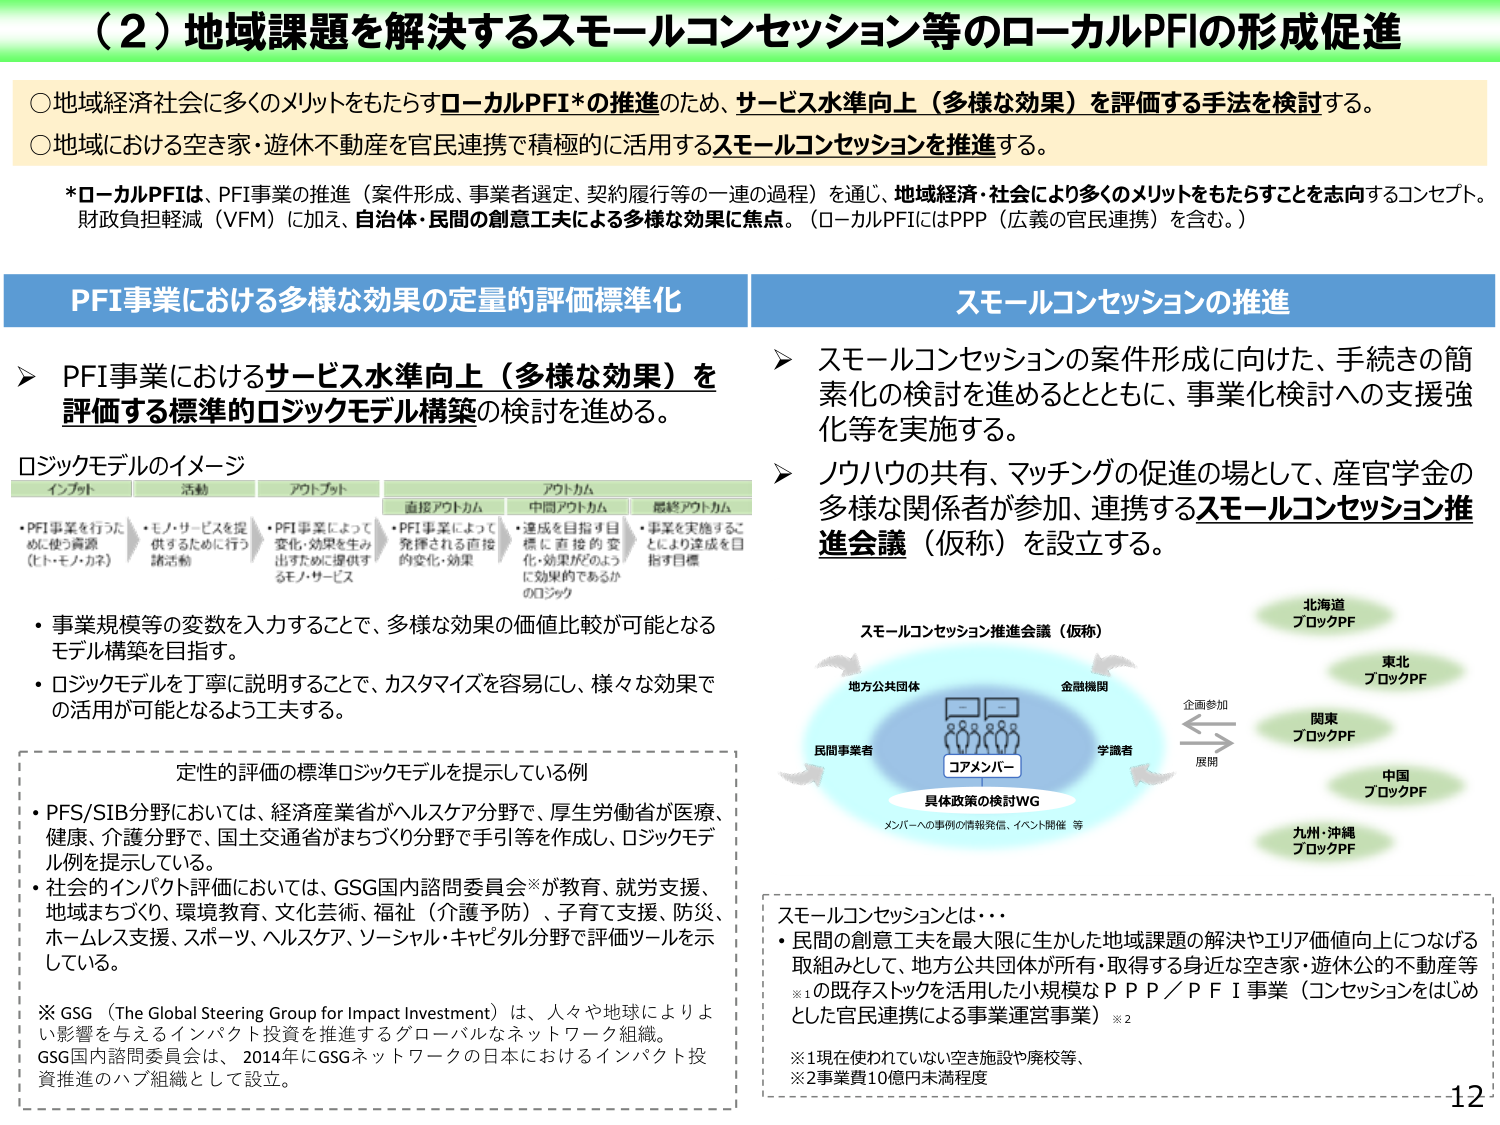
（2）地域課題を解決するスモールコンセッション等のローカルPFIの形成促進

○地域経済社会に多くのメリットをもたらすローカルPFI*の推進のため、サービス水準向上（多様な効果）を評価する手法を検討する。
○地域における空き家・遊休不動産を官民連携で積極的に活用するスモールコンセッションを推進する。

*ローカルPFIは、PFI事業の推進（案件形成、事業者選定、契約履行等の一連の過程）を通じ、地域経済・社会により多くのメリットをもたらすことを志向するコンセプト。財政負担軽減（VFM）に加え、自治体・民間の創意工夫による多様な効果に焦点。（ローカルPFIにはPPP（広義の官民連携）を含む。）

PFI事業における多様な効果の定量的評価標準化

➤ PFI事業におけるサービス水準向上（多様な効果）を評価する標準的ロジックモデル構築の検討を進める。

ロジックモデルのイメージ

インプット　　活動　　　アウトプット　　　　アウトカム
　　　　　　　　　　　　直接アウトカム　　中間アウトカム　　最終アウトカム
・PFI事業を行うために使う資源（ヒト・モノ・カネ）　・モノ・サービスを提供するために行う諸活動　・PFI事業によって変化・効果を生み出すために提供するモノ・サービス　・PFI事業によって発揮される直接的変化・効果　・達成を目指す目標に直接的変化・効果がどのように効果的であるかのロジック　・事業を実施することにより達成を目指す目標

・事業規模等の変数を入力することで、多様な効果の価値比較が可能となるモデル構築を目指す。
・ロジックモデルを丁寧に説明することで、カスタマイズを容易にし、様々な効果での活用が可能となるよう工夫する。

定性的評価の標準ロジックモデルを提示している例

・PFS/SIB分野においては、経済産業省がヘルスケア分野で、厚生労働省が医療、健康、介護分野で、国土交通省がまちづくり分野で手引等を作成し、ロジックモデル例を提示している。
・社会的インパクト評価においては、GSG国内諮問委員会※が教育、就労支援、地域まちづくり、環境教育、文化芸術、福祉（介護予防）、子育て支援、防災、ホームレス支援、スポーツ、ヘルスケア、ソーシャル・キャピタル分野で評価ツールを示している。

※ GSG（The Global Steering Group for Impact Investment）は、人々や地球によりよい影響を与えるインパクトを推進するグローバルなネットワーク組織。GSG国内諮問委員会は、2014年にGSGネットワークの日本におけるインパクト投資推進のハブ組織として設立。

スモールコンセッションの推進

➤ スモールコンセッションの案件形成に向けた、手続きの簡素化の検討を進めるとともに、事業化検討への支援強化等を実施する。
➤ ノウハウの共有、マッチングの促進の場として、産官学金の多様な関係者が参加、連携するスモールコンセッション推進会議（仮称）を設立する。

スモールコンセッション推進会議（仮称）